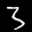
Label: 3